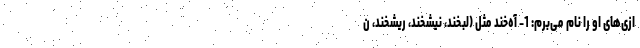
ازی‌های او را نام می‌برم: 1- آه‌خند مثل (لبخند، نیشخند، ریشخند، ن